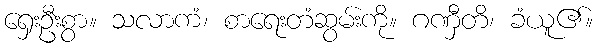
ရှေးဦးစွာ။ သလာကံ၊ စာရေးတံဆွမ်းကို။ ဂဏှီတိ၊ ခံယူ၏။